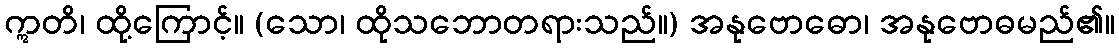
ဣတိ၊ ထို့ကြောင့်။ (သော၊ ထိုသဘောတရားသည်။) အနုဗောဓော၊ အနုဗောဓမည်၏။